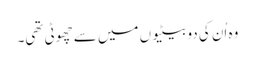
وہ اُن کی دو بیٹیوں میں سے چھوٹی تھی۔